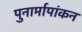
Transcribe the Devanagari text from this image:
पुनार्मापांकन